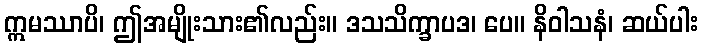
ဣမဿာပိ၊ ဤအမျိုးသား၏လည်း။ ဒသသိက္ခာပဒ၊ ပေ။ နိဝါသနံ၊ ဆယ်ပါး